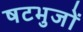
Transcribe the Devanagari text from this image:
षटभुजों